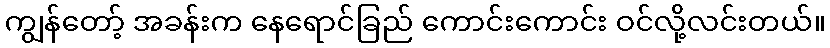
ကျွန်တော့် အခန်းက နေရောင်ခြည် ကောင်းကောင်း ဝင်လို့လင်းတယ်။